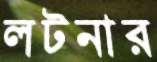
লটনার